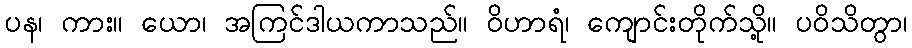
ပန၊ ကား။ ယော၊ အကြင်ဒါယကာသည်။ ဝိဟာရံ၊ ကျောင်းတိုက်သို့။ ပဝိသိတွာ၊